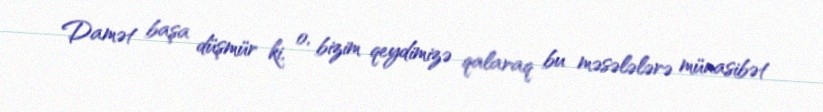
Damət başa düşmür ki, o, bizim qeydimizə qalaraq bu məsələlərə münasibət